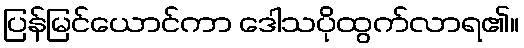
ပြန်မြင်ယောင်ကာ ဒေါသပိုထွက်လာရ၏။